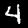
Label: 4